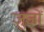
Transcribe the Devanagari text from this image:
जुजों